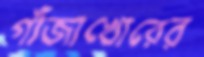
গাঁজাখোরের